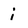
Character: i